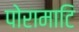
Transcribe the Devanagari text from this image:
पोरामाटि